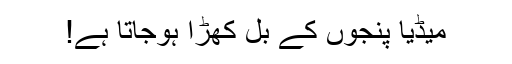
میڈیا پنجوں کے بل کھڑا ہوجاتا ہے!